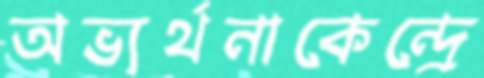
অভ্যর্থনাকেন্দ্রে